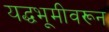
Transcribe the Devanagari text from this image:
यद्धभूमीवरून